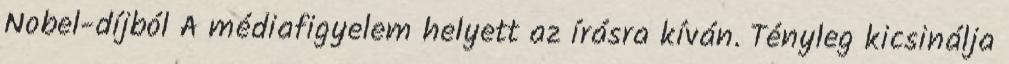
Nobel-díjból A médiafigyelem helyett az írásra kíván. Tényleg kicsinálja